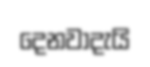
දෙනවාදැයි